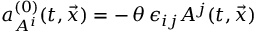
a _ { A ^ { i } } ^ { ( 0 ) } ( t , \vec { x } ) = - \, \theta \, \epsilon _ { i j } A ^ { j } ( t , \vec { x } )